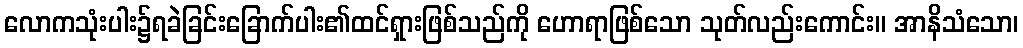
လောကသုံးပါး၌ရခဲခြင်းခြောက်ပါး၏ထင်ရှားဖြစ်သည်ကို ဟောရာဖြစ်သော သုတ်လည်းကောင်း။ အာနိသံသော၊